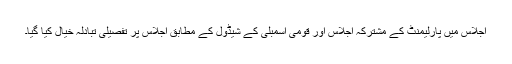
اجلاس میں پارلیمنٹ کے مشترکہ اجلاس اور قومی اسمبلی کے شیڈول کے مطابق اجلاس پر تفصیلی تبادلہ خیال کیا گیا۔